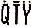
QTY